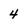
Character: 4